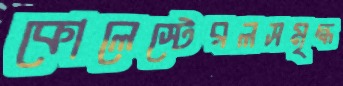
কোলেস্টেরলসমৃদ্ধ